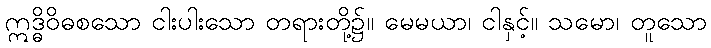
ဣဒ္ဓိဝိဓစသော ငါးပါးသော တရားတို့၌။ မေမယာ၊ ငါနှင့်။ သမော၊ တူသော